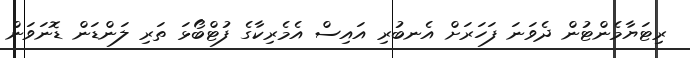
ރިޓަޔާމެންޓުން ދެވަނަ ފަހަރަށް އެނބުރި އައިސް އެމެރިކާގެ ފުޓްބޯޅަ ތަރި ލަންޑަން ޑޮނަވަން